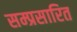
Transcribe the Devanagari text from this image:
सम्प्रसारित